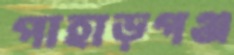
পাহাড়গঞ্জ